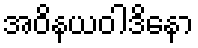
အဝိနယဝါဒိနော